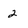
Character: 2